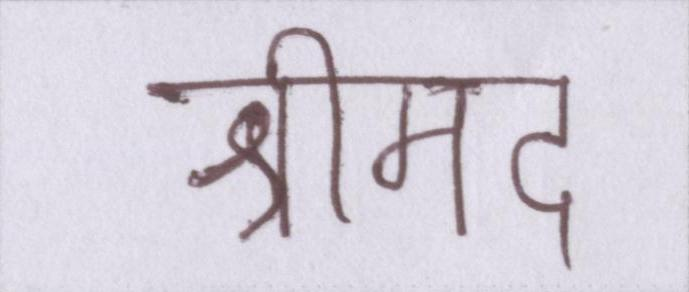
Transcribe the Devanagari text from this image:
श्रीमद